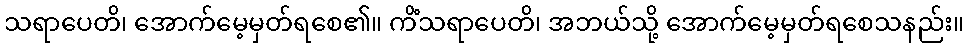
သရာပေတိ၊ အောက်မေ့မှတ်ရစေ၏။ ကိံသရာပေတိ၊ အဘယ်သို့ အောက်မေ့မှတ်ရစေသနည်း။